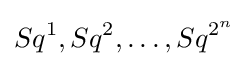
Sq^{1},Sq^{2},\ldots ,Sq^{2^{n}}